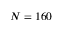
N = 1 6 0